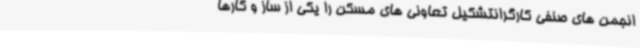
انجمن های صنفی کارگرانتشکیل تعاونی های مسکن را یکی از ساز و کارها